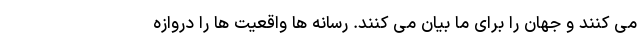
می کنند و جهان را برای ما بیان می کنند. رسانه ها واقعیت ها را دروازه